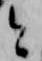
と